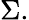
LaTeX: \Sigma.